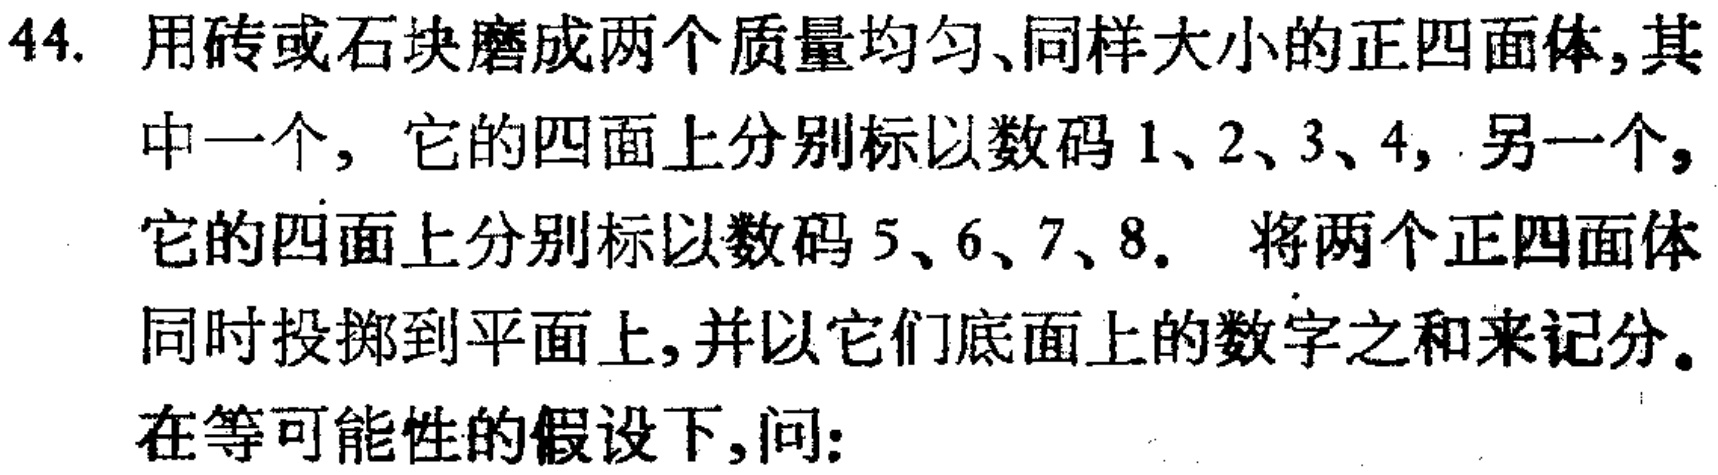
44. 用砖或石块磨成两个质量均匀、同样大小的正四面体, 其中一个, 它的四面上分别标以数码 \(1、2、3、4\), 另一个, 它的四面上分别标以数码 \(5、6、7、8\). 将两个正四面体同时投掷到平面上, 并以它们底面上的数字之和来记分。在等可能性的假设下, 问: